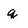
Character: q